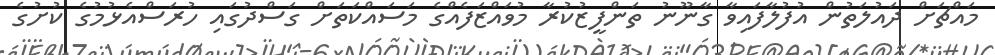
މައްޗަށް ދައުލަތުން އުފުލާފައިވާ ގާނޫނު ތަންފީޒުކުރާ މުވައްޒަފެއްގެ މަސައްކަތަށް ގަސްދުގައި ހުރަސްއެޅުމުގެ ކުށުގެ